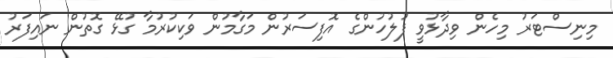
މިނިސްޓަރު މިހެން ވިދާޅުވީ ފުލުހުންގެ އޮފިސަރުން މަގާމުން ވަކިކުރުމާ ގުޅޭ ގޮތުން ނައިފަރު